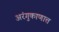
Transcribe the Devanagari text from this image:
अरंगुकाणात्त